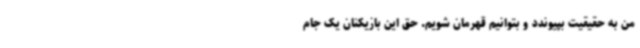
من به حقیقیت بپیوندد و بتوانیم قهرمان شویم. حق این بازیکنان یک جام